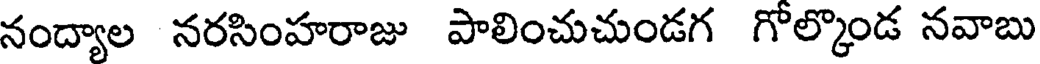
నంద్యాల నరసింహరాజు పాలించుచుండగ గోల్కొండ నవాబు